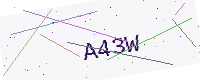
Text: A43W